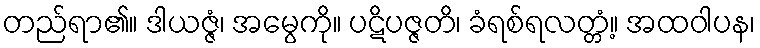
တည်ရာ၏။ ဒါယဇ္ဇံ၊ အမွေကို။ ပဋိပဇ္ဇတိ၊ ခံရစ်ရလတ္တံ့။ အထဝါပန၊